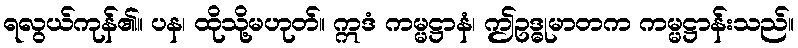
ရလွယ်ကုန်၏။ ပန၊ ထိုသို့မဟုတ်။ ဣဒံ ကမ္မဋ္ဌာနံ၊ ဤဥဒ္ဓုမာတက ကမ္မဋ္ဌာန်းသည်။